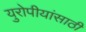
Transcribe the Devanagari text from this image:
युरोपीयांसाठी